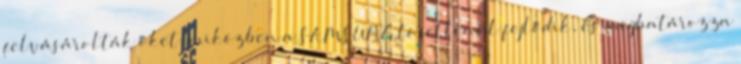
felvásárolták őket, miközben a SAMSUNG töretlenül fejlődik, és meghatározza